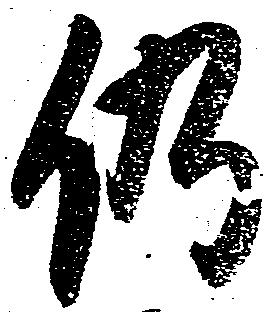
仍